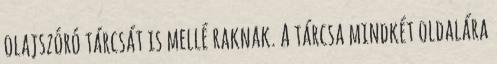
olajszóró tárcsát is mellé raknak. A tárcsa mindkét oldalára